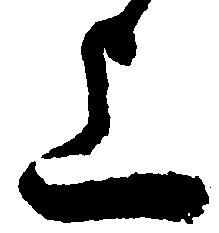
上